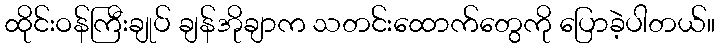
ထိုင်းဝန်ကြီးချုပ် ချန်အိုချာက သတင်းထောက်တွေကို ပြောခဲ့ပါတယ်။